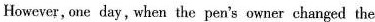
Howeser, one day, when the pen's owner changed the